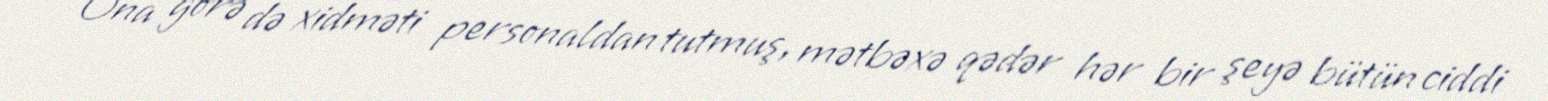
Ona görə də xidməti personaldan tutmuş, mətbəxə qədər hər bir şeyə bütün ciddi